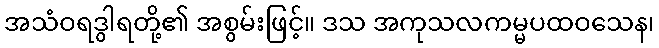
အသံဝရဒွါရတို့၏ အစွမ်းဖြင့်။ ဒသ အကုသလကမ္မပထဝသေန၊